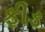
ફીડ